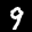
Label: 9